Statistical return of the lunatic asylum in Assam - 1912-1932
Year: 1912
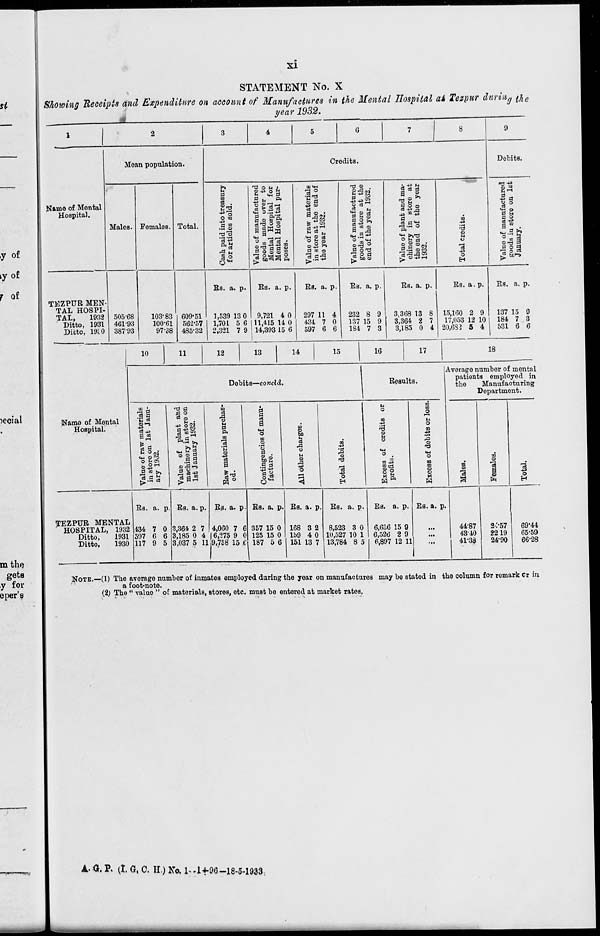
si
y of
iy of
f of
xi
STATEMENT No. X
Showing Receipts and Expenditure on account of Manufactures in the Mental Hospital at Tezpur during $ e
year 1932.
5
Moan population.
Name of Mental
Hospital.
Males. Females. Total.
Credits.
H
a
m 63 .
^2
■» o
O 'il
.S ©
O
r3 •M
^ O fcl J,
5 «H 9
agw a
<W
r-Hf-H
§"2 a a i
P O (B © 2
■3 °
© g
3 a 2oi
. "Sec
fe 2
M c8 M
u-t © e8
o o ft
3.SJ
rd ©
it a **
05 03 c3
PI
■I112 3
•a p S
0 (-1 ©
t and 11
store
the ye
1 § >>
eJ +=
H
cS d«H
n
-f3
S to ©
3
ss-S 53
•H 0»T)
M
©r^J ©
Pi OH3
ue o
iner
e on
32.
u
-3 -d-dCi
£ 3*»lH
H
Debits.
3°
tig
2 ■ 1
SIT) S
so g
^3 © *
TEZPUR MEN
TAL HOSPI-
TAL,
1932
Ditto, 1931
Ditto, 1910
505-68
461-93
387-93
103-83
100-61
97-38
609-51
562-57
485-32
Es. a. p.
Es. a. p.
1,539 13 0 9,721 4 0
1,701 5 6 (11,415 14 0
2,321 7 9 14,393 15 6
Es. a. P-
297 11
434 7
597 6
4
0
6
Es. a. p.
Es. a. p.
232 8 9 I 3,368 13 8
137 15 9
3,364 2 7
184 7 3
3,185 0 4
Es. a. p.
15,160 2 9
17,053 12 10
20.6SJ 5 4
Es. a. p.
137 15 9
184 7 3
531 6 6
10
11
12
13
14
15
16
17
18
leqial
Name of Mental
Hospital.
Debits—condd.
Eesults.
Average number of mental
patients employed in
the
Manufacturing
Department.
•■a P
u ■
U rl
c3 *"
O f->Ci
© ° M
§ 1
B ~i
-P OH
.3 ™ IH
•H H 9
=> 2 5
111
I u 0
©
■8
a
cS
a
©
£
n3
9
Is
II
o •««
©
bo
.-3
rd
©
5
1
O
o
©
W
en
£<£
© O
M
Q
H
to
m
O
.—i
u
O
in
£
©
m
o
P
m
©
i
©
I
o
m the
gets
,y for
eper's
TEZPTJE MENTAL
HOSPITAL, 1932
Ditto,
1931
Ditto,
1930
Es. a. P-
134 7 0
597 6 6
117 9 5
Es. a. p.
3,364 2 7
3,185 0 4
3,037 5 11
Es. a. p
4,060 7 6
6,275 9 0
9,758' 15 B
Es. a. p.
357 15 0
125 15 0
187 5 6
Es. a. p.
168 3 2
159 4 0
151 13 7
Es. a. p.
8,523 3 0
10,527 10 1
13,784 8 5
Es. a. p.
6.6S6 15 9
6,526 2 9
6,897 12 11
Es. a. p.
44-87
43-40
41-38
2-:-57
2219
24-90
69*44
65-59
66-28
NOTE.—(1) The average number of inmates employed during the year on manufacturea may bo stated in the column for remark cr in
a foot-note.
(2; The " valuo " oE materials, stores, etc. must be entered at market rates.
A. a. P, (I. G, C. II.) No. 1--14-9G-18-5-1933,